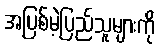
အပြစ်မဲ့ပြည်သူများကို